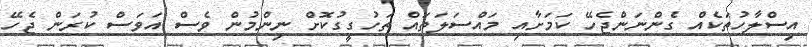
އިސްލާހުތަކެއް ގެންނަންޖެހޭ ކަމަށާއި މައްސަލަތައް ތަހުގީގުކޮށް ނިންމުން ވެސް އަވަސް ކުރަން ޖެހޭ